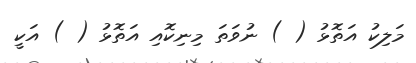
މަލިކު އަތޮޅު ( ) ނުވަތަ މިނިކޮއި އަތޮޅު ( ) އަކީ